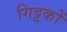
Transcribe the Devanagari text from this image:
गिट्टकों